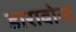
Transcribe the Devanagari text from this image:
डाराबोन्ट